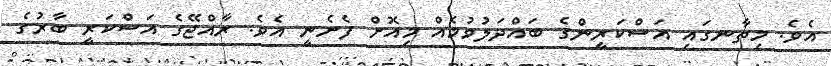
އެވެ. މިތާނގައި އަސްކަރީންގެ ބައްދަލުވުމެއް މިއޮށް ފެށެނީ އެވެ. ރާއްޖޭގެ އަސްކަރީ ބާރުގެ